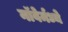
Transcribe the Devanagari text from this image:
नॉवेर्मध्ये